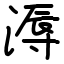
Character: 溽